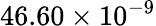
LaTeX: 46.60\times 10^{-9}